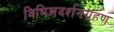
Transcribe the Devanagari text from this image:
विभिन्नदर्शनग्रहण